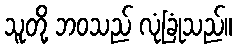
သူတို့ ဘဝသည် လုံခြုံသည်။